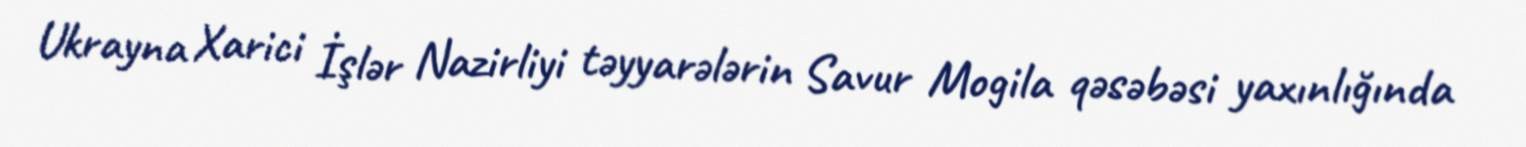
Ukrayna Xarici İşlər Nazirliyi təyyarələrin Savur Mogila qəsəbəsi yaxınlığında